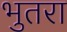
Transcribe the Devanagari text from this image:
भुतरा